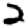
Digit: 2